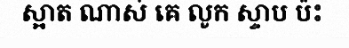
ស្អាត ណាស់ គេ លូក ស្ទាប ប៉ះ